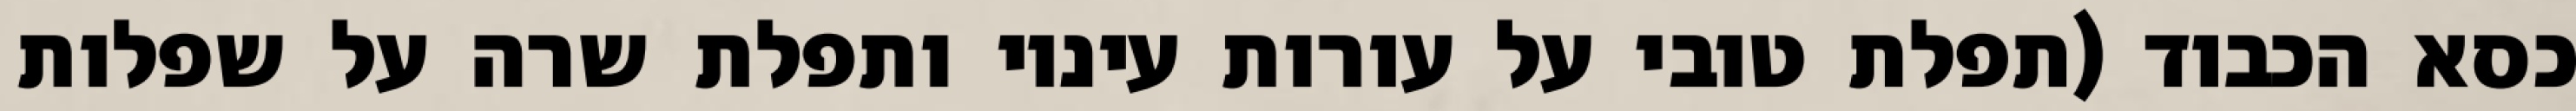
כסא הכבוד (תפלת טובי על עורות עיניו ותפלת שרה על שפלות